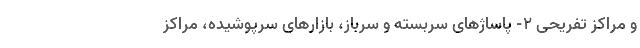
و مراکز تفریحی ۲- پاساژهای سربسته و سرباز، بازارهای سرپوشیده، مراکز